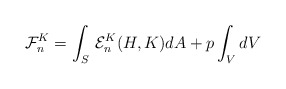
\begin{align*}{\cal F}^{K}_{n}=\int_{S}\, {\cal E}^{K}_{n}(H,K) dA+p \int_{V} dV\end{align*}